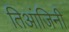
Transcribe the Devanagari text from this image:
तिआंजिनी